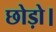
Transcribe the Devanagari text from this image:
छोड़ो।